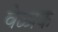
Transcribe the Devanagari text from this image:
वेळाक